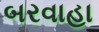
બરવાહા